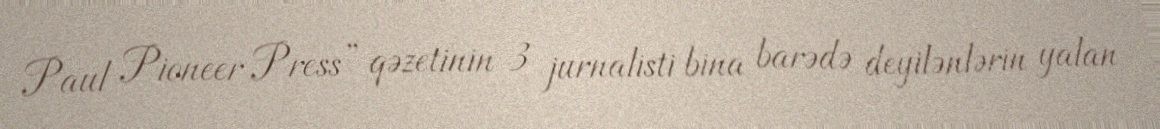
Paul Pioneer Press” qəzetinin 3 jurnalisti bina barədə deyilənlərin yalan